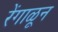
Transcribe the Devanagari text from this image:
रेंगाळून